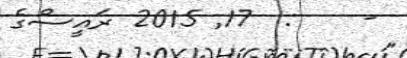
-    :  17